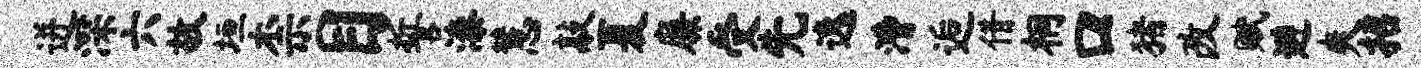
迸深六故垣柰目誓漆慧敲夏廉受先逸漕逅借桐口猪改赋避爽招